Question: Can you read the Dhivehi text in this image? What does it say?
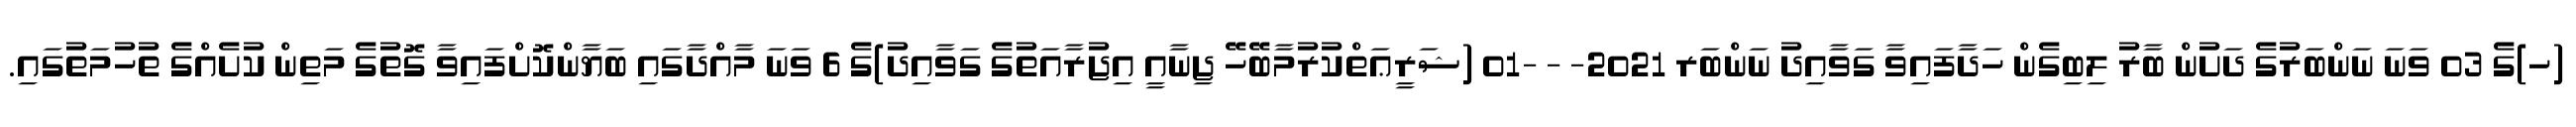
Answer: (ހ)ގެ 03 ވަނަ ނަންބަރުގެ ދަށުން ބާރު ލިބިގެން ހަދާފައިވާ ގަވާއިދު ނަންބަރ 2021- - -01 (ޝަރީޢަތްކުރުމާބޭހޭ ޖިނާއީ އިޖުރާއަތުގެ ގަވާއިދު)ގެ 6 ވަނަ މާއްދާގައި ބަޔާންކޮށްފައިވާ ގޮތުގެ މަތިން ކުށެއްގެ ތުހުމަތުގައި.